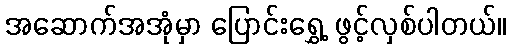
အဆောက်အအုံမှာ ပြောင်းရွှေ့ ဖွင့်လှစ်ပါတယ်။